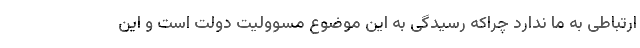
ارتباطی به ما ندارد چراکه رسیدگی به این موضوع مسوولیت دولت است و این